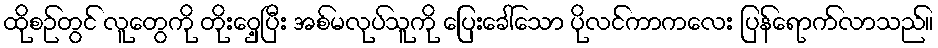
ထိုစဉ်တွင် လူတွေကို တိုးဝှေ့ပြီး အစ်မလုပ်သူကို ပြေးခေါ်သော ပိုလင်ကာကလေး ပြန်ရောက်လာသည်။